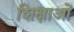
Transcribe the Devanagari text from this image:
शिक्षाआें